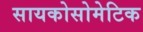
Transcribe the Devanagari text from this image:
सायकोसोमेटिक